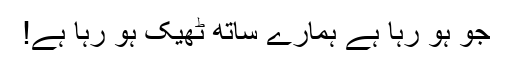
جو ہو رہا ہے ہمارے ساتھ ٹھیک ہو رہا ہے!